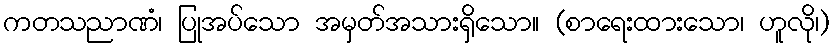
ကတသညာဏံ၊ ပြုအပ်သော အမှတ်အသားရှိသော။ (စာရေးထားသော၊ ဟူလို၊)